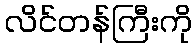
လိင်တန်ကြီးကို